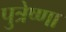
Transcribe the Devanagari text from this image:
पुत्रेष्णा